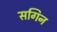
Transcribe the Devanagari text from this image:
सगिन